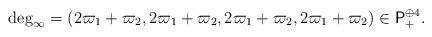
LaTeX: \begin{align*} \mathrm{deg}_\infty=(2\varpi_1+\varpi_2,2\varpi_1+\varpi_2,2\varpi_1+\varpi_2,2\varpi_1+\varpi_2) \in \mathsf{P}_+^{\oplus 4}.\end{align*}